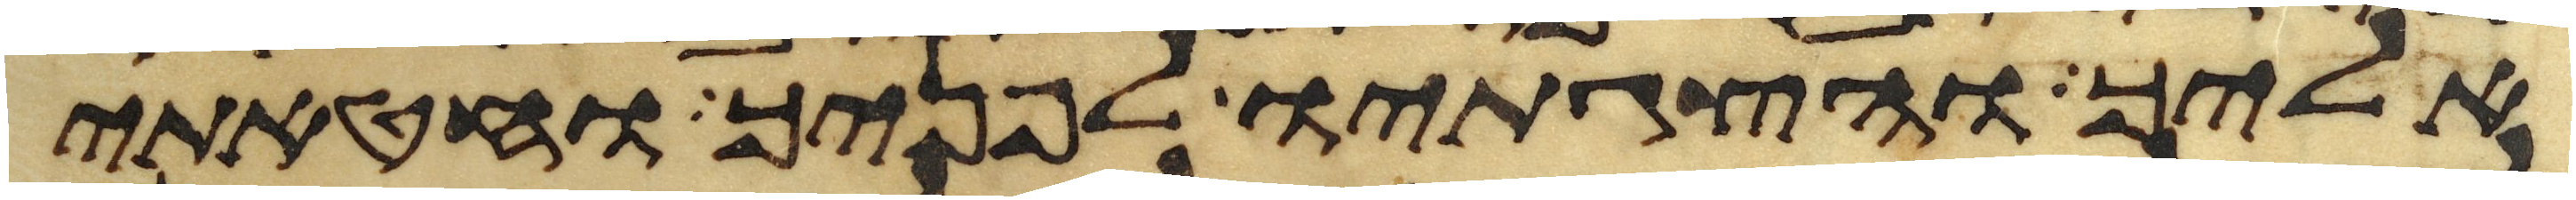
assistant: אליך והצגתיו לפניך וחטאתי